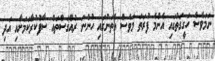
ނަމަވެސް ހަގީގަތުގައި އެންމެ ފުރަތަ މަވެސް އެތަނުގައި ހުންނަ ރުއްގަސްތައް ސާފުކުރާކަމަށާއި އަދި